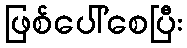
ဖြစ်ပေါ်စေပြီး